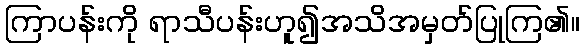
ကြာပန်းကို ရာသီပန်းဟူ၍အသိအမှတ်ပြုကြ၏။